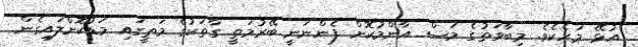
އުޅޭ މަހެކެވެ. މިބާވަތުގެ މަސް އާންމުކޮށް ފެންނަނީ ބޭރުމަތީ ގާތަކުގެ މަތީގައި މަޑުކޮށްލައިގެން